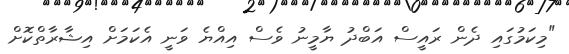
"މިކަމުގައި ދެން ރައީސް އަބްދު ޔާމީނު ވެސް އިއްޔެ ވަނީ އެކަމަށް އިޝާރާތްކޮށް